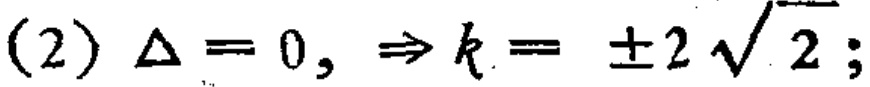
(2) $\Delta = 0, \Rightarrow k = \pm 2\sqrt{2}$;